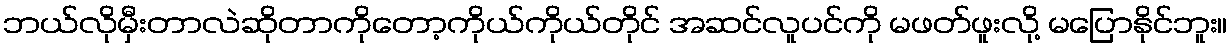
ဘယ်လိုမှီးတာလဲဆိုတာကိုတော့ကိုယ်ကိုယ်တိုင် အဆင်လူပင်ကို မဖတ်ဖူးလို့ မပြောနိုင်ဘူး။